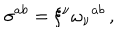
LaTeX: \sigma ^ { a b } = \xi ^ { \nu } \omega _ { \nu } { } ^ { a b } \, ,